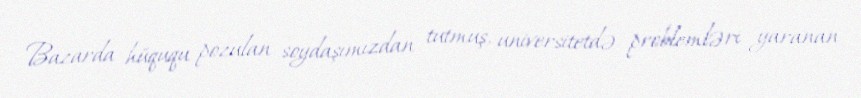
Bazarda hüququ pozulan soydaşımızdan tutmuş, universitetdə problemləri yaranan